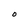
Character: O